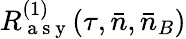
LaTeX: R_{\mathrm{~a~s~y~}}^{(1)}(\tau,\bar{n},\bar{n}_{B})